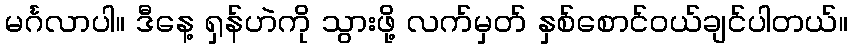
မင်္ဂလာပါ။ ဒီနေ့ ရှန်ဟဲကို သွားဖို့ လက်မှတ် နှစ်စောင်ဝယ်ချင်ပါတယ်။